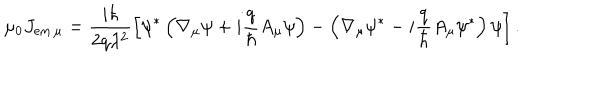
\mu _ { 0 } J _ { \mathrm { e m } \, \mu } = \frac { i \hbar } { 2 q \lambda ^ { 2 } } \left[ \psi ^ { * } \left( \nabla _ { \mu } \psi + i \frac { q } { \hbar } A _ { \mu } \psi \right) - \left( \nabla _ { \mu } \psi ^ { * } - i \frac { q } { \hbar } A _ { \mu } \psi ^ { * } \right) \psi \right] .